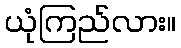
ယုံကြည်လား။